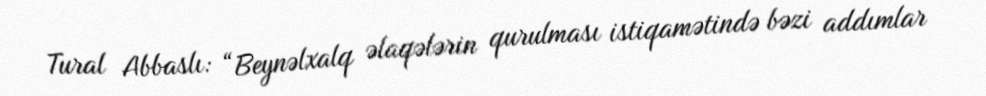
Tural Abbaslı: “Beynəlxalq əlaqələrin qurulması istiqamətində bəzi addımlar